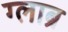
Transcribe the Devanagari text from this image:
ग्लाब्र